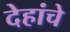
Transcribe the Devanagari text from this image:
देहांचे